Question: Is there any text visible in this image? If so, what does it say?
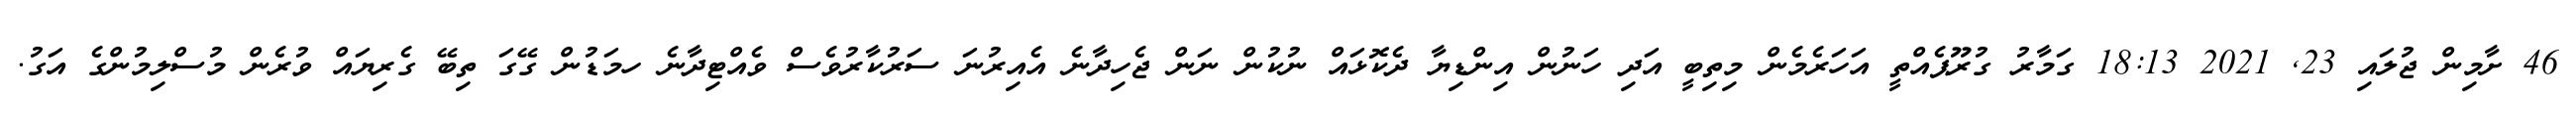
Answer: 46 ށާމިން ޖުލައި 23, 2021 18:13 ގަމާރު ގުރޫޕެއްތީ އަހަރެމެން މިތިބީ އަދި ހަނުން އިންޑިޔާ ދެކޮޅައް ނުކުން ނަން ޖެހިދާނެ އެއިރުނަ ސަރުކާރުވެސް ވެއްޓިދާނެ ހމަޑުން ގޭގަ ތިބޭ ގެރިޔައް ވުރެން މުސްލިމުންގެ އަގު.